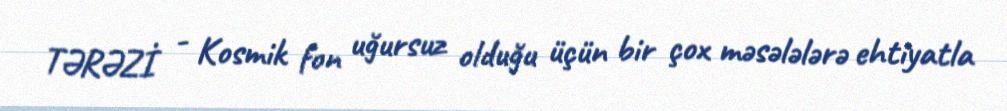
TƏRƏZİ - Kosmik fon uğursuz olduğu üçün bir çox məsələlərə ehtiyatla